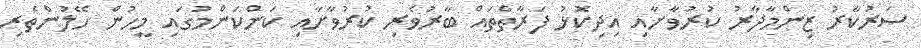
ސަރުކާރު ޒިންމާދާރު ކުރުވާށާއި އިދިކޮޅު ފަރާތްތައް ބާރުވެރި ކުރުވާށާއި ކަންކަންމުގައި މީހުން ހޭލުންތެރި